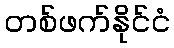
တစ်ဖက်နိုင်ငံ